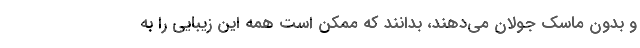
و بدون ماسک جولان می‌دهند، بدانند که ممکن است همه این زیبایی را به